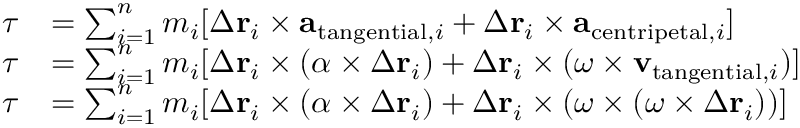
{ \begin{array} { r l } { { \boldsymbol { \tau } } } & { = \sum _ { i = 1 } ^ { n } m _ { i } [ \Delta \mathbf { r } _ { i } \times \mathbf { a } _ { { \mathrm { t a n g e n t i a l } } , i } + \Delta \mathbf { r } _ { i } \times \mathbf { a } _ { { \mathrm { c e n t r i p e t a l } } , i } ] } \\ { { \boldsymbol { \tau } } } & { = \sum _ { i = 1 } ^ { n } m _ { i } [ \Delta \mathbf { r } _ { i } \times ( { \boldsymbol { \alpha } } \times \Delta \mathbf { r } _ { i } ) + \Delta \mathbf { r } _ { i } \times ( { \boldsymbol { \omega } } \times \mathbf { v } _ { { \mathrm { t a n g e n t i a l } } , i } ) ] } \\ { { \boldsymbol { \tau } } } & { = \sum _ { i = 1 } ^ { n } m _ { i } [ \Delta \mathbf { r } _ { i } \times ( { \boldsymbol { \alpha } } \times \Delta \mathbf { r } _ { i } ) + \Delta \mathbf { r } _ { i } \times ( { \boldsymbol { \omega } } \times ( { \boldsymbol { \omega } } \times \Delta \mathbf { r } _ { i } ) ) ] } \end{array} }